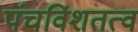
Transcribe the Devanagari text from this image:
पंचविंशतत्व